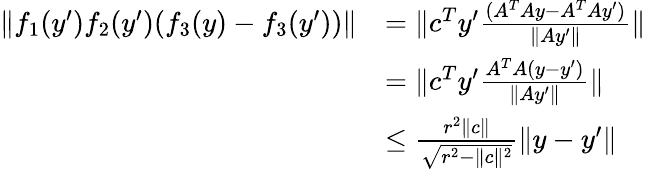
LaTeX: \begin{array}{rl}{\| f_{1}(y^{\prime})f_{2}(y^{\prime})(f_{3}(y)-f_{3}(y^{\prime}))\| }&{=\| c^{T}y^{\prime}\frac{(A^{T}Ay-A^{T}Ay^{\prime})}{\| Ay^{\prime}\| }\| }\\ &{=\| c^{T}y^{\prime}\frac{A^{T}A(y-y^{\prime})}{\| Ay^{\prime}\| }\| }\\ &{\leq\frac{r^{2}\| c\| }{\sqrt{r^{2}-\| c\| ^{2}}}\| y-y^{\prime}\| }\end{array}